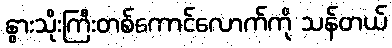
နွားသိုးကြီးတစ်ကောင်လောက်ကို သန်တယ်